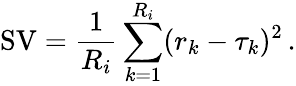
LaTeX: \operatorname{SV}=\frac{1}{R_{i}}\sum_{k=1}^{R_{i}}(r_{k}-\tau_{k})^{2}\, .